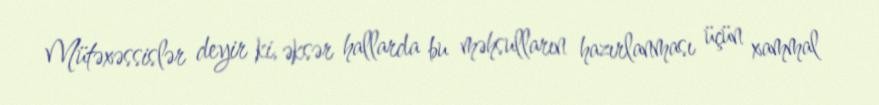
Mütəxəssislər deyir ki, əksər hallarda bu məhsulların hazırlanması üçün xammal